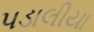
પડાલીયા